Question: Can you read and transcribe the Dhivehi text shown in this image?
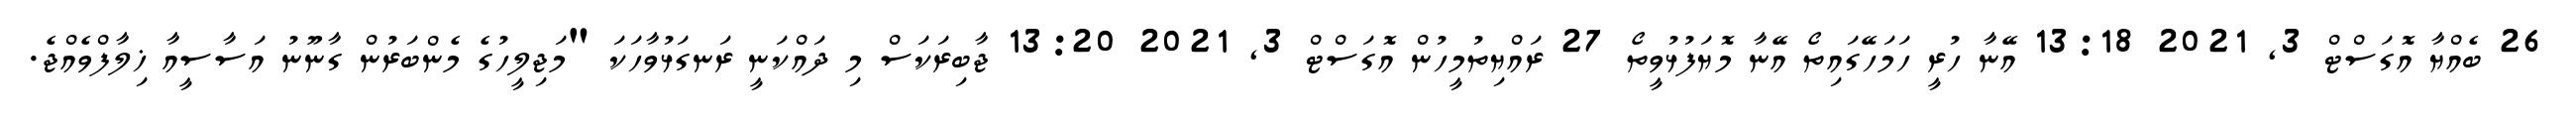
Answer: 26 ބެއްޔާ އޮގަސްޓް 3, 2021 13:18 އޭނާ ހުރީ ހަމަހޭގައިތޯ އޭނާ މޮޔަފުޅުވީތޯ 27 ރައްޔިތުމީހުން އޮގަސްޓް 3, 2021 13:20 ޖާބިރަކަސް މި ދައްކަނީ ރަނގަޅުވާހަކަ "މަޖިލީހުގެ މެންބަރުން ގާނޫނު އަސާސީއާ ޚިލާފްވެއްޖެ.